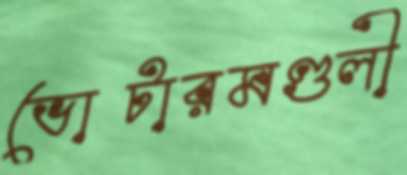
ভোটারমণ্ডলী